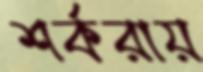
শর্করায়